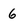
Character: 6